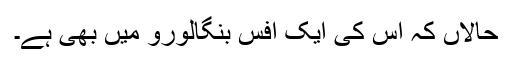
حالاں کہ اس کی ایک آفس بنگالورو میں بھی ہے۔